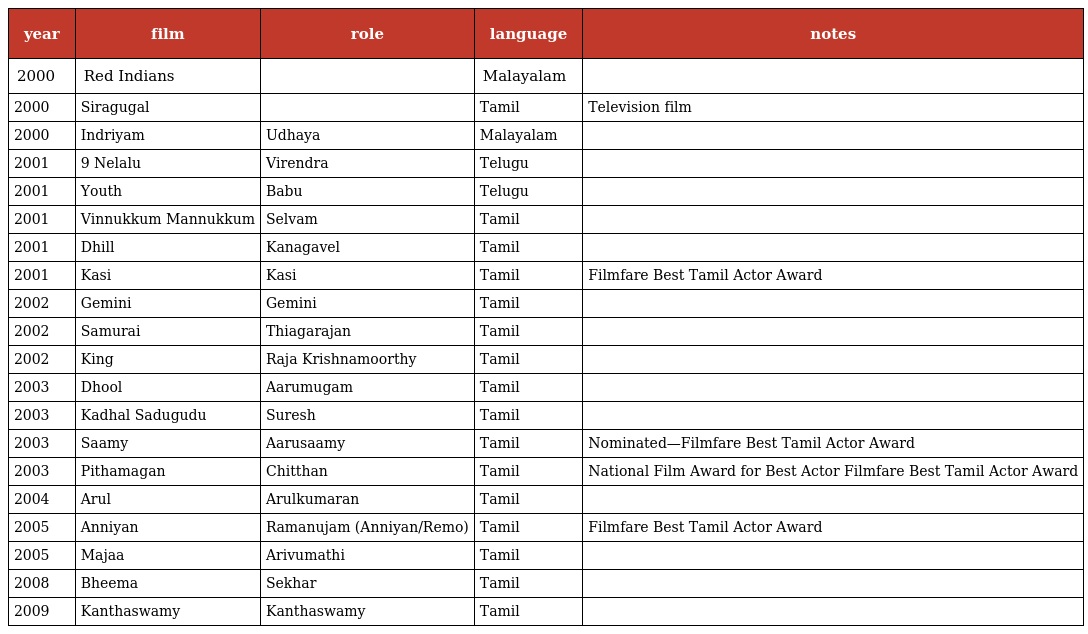
| year | film | role | language | notes |
 | --- | --- | --- | --- | --- |
 | 2000 | Red Indians |  | Malayalam |  |
 | 2000 | Siragugal |  | Tamil | Television film |
 | 2000 | Indriyam | Udhaya | Malayalam |  |
 | 2001 | 9 Nelalu | Virendra | Telugu |  |
 | 2001 | Youth | Babu | Telugu |  |
 | 2001 | Vinnukkum Mannukkum | Selvam | Tamil |  |
 | 2001 | Dhill | Kanagavel | Tamil |  |
 | 2001 | Kasi | Kasi | Tamil | Filmfare Best Tamil Actor Award |
 | 2002 | Gemini | Gemini | Tamil |  |
 | 2002 | Samurai | Thiagarajan | Tamil |  |
 | 2002 | King | Raja Krishnamoorthy | Tamil |  |
 | 2003 | Dhool | Aarumugam | Tamil |  |
 | 2003 | Kadhal Sadugudu | Suresh | Tamil |  |
 | 2003 | Saamy | Aarusaamy | Tamil | Nominated—Filmfare Best Tamil Actor Award |
 | 2003 | Pithamagan | Chitthan | Tamil | National Film Award for Best Actor Filmfare Best Tamil Actor Award |
 | 2004 | Arul | Arulkumaran | Tamil |  |
 | 2005 | Anniyan | Ramanujam (Anniyan/Remo) | Tamil | Filmfare Best Tamil Actor Award |
 | 2005 | Majaa | Arivumathi | Tamil |  |
 | 2008 | Bheema | Sekhar | Tamil |  |
 | 2009 | Kanthaswamy | Kanthaswamy | Tamil |  |